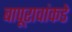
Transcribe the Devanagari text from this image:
बापूरावांकडे